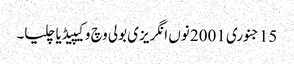
15 جنوری 2001 نوں انگریزی بولی وچ وکیپیڈیا چلیا۔